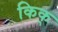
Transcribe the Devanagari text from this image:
किक्